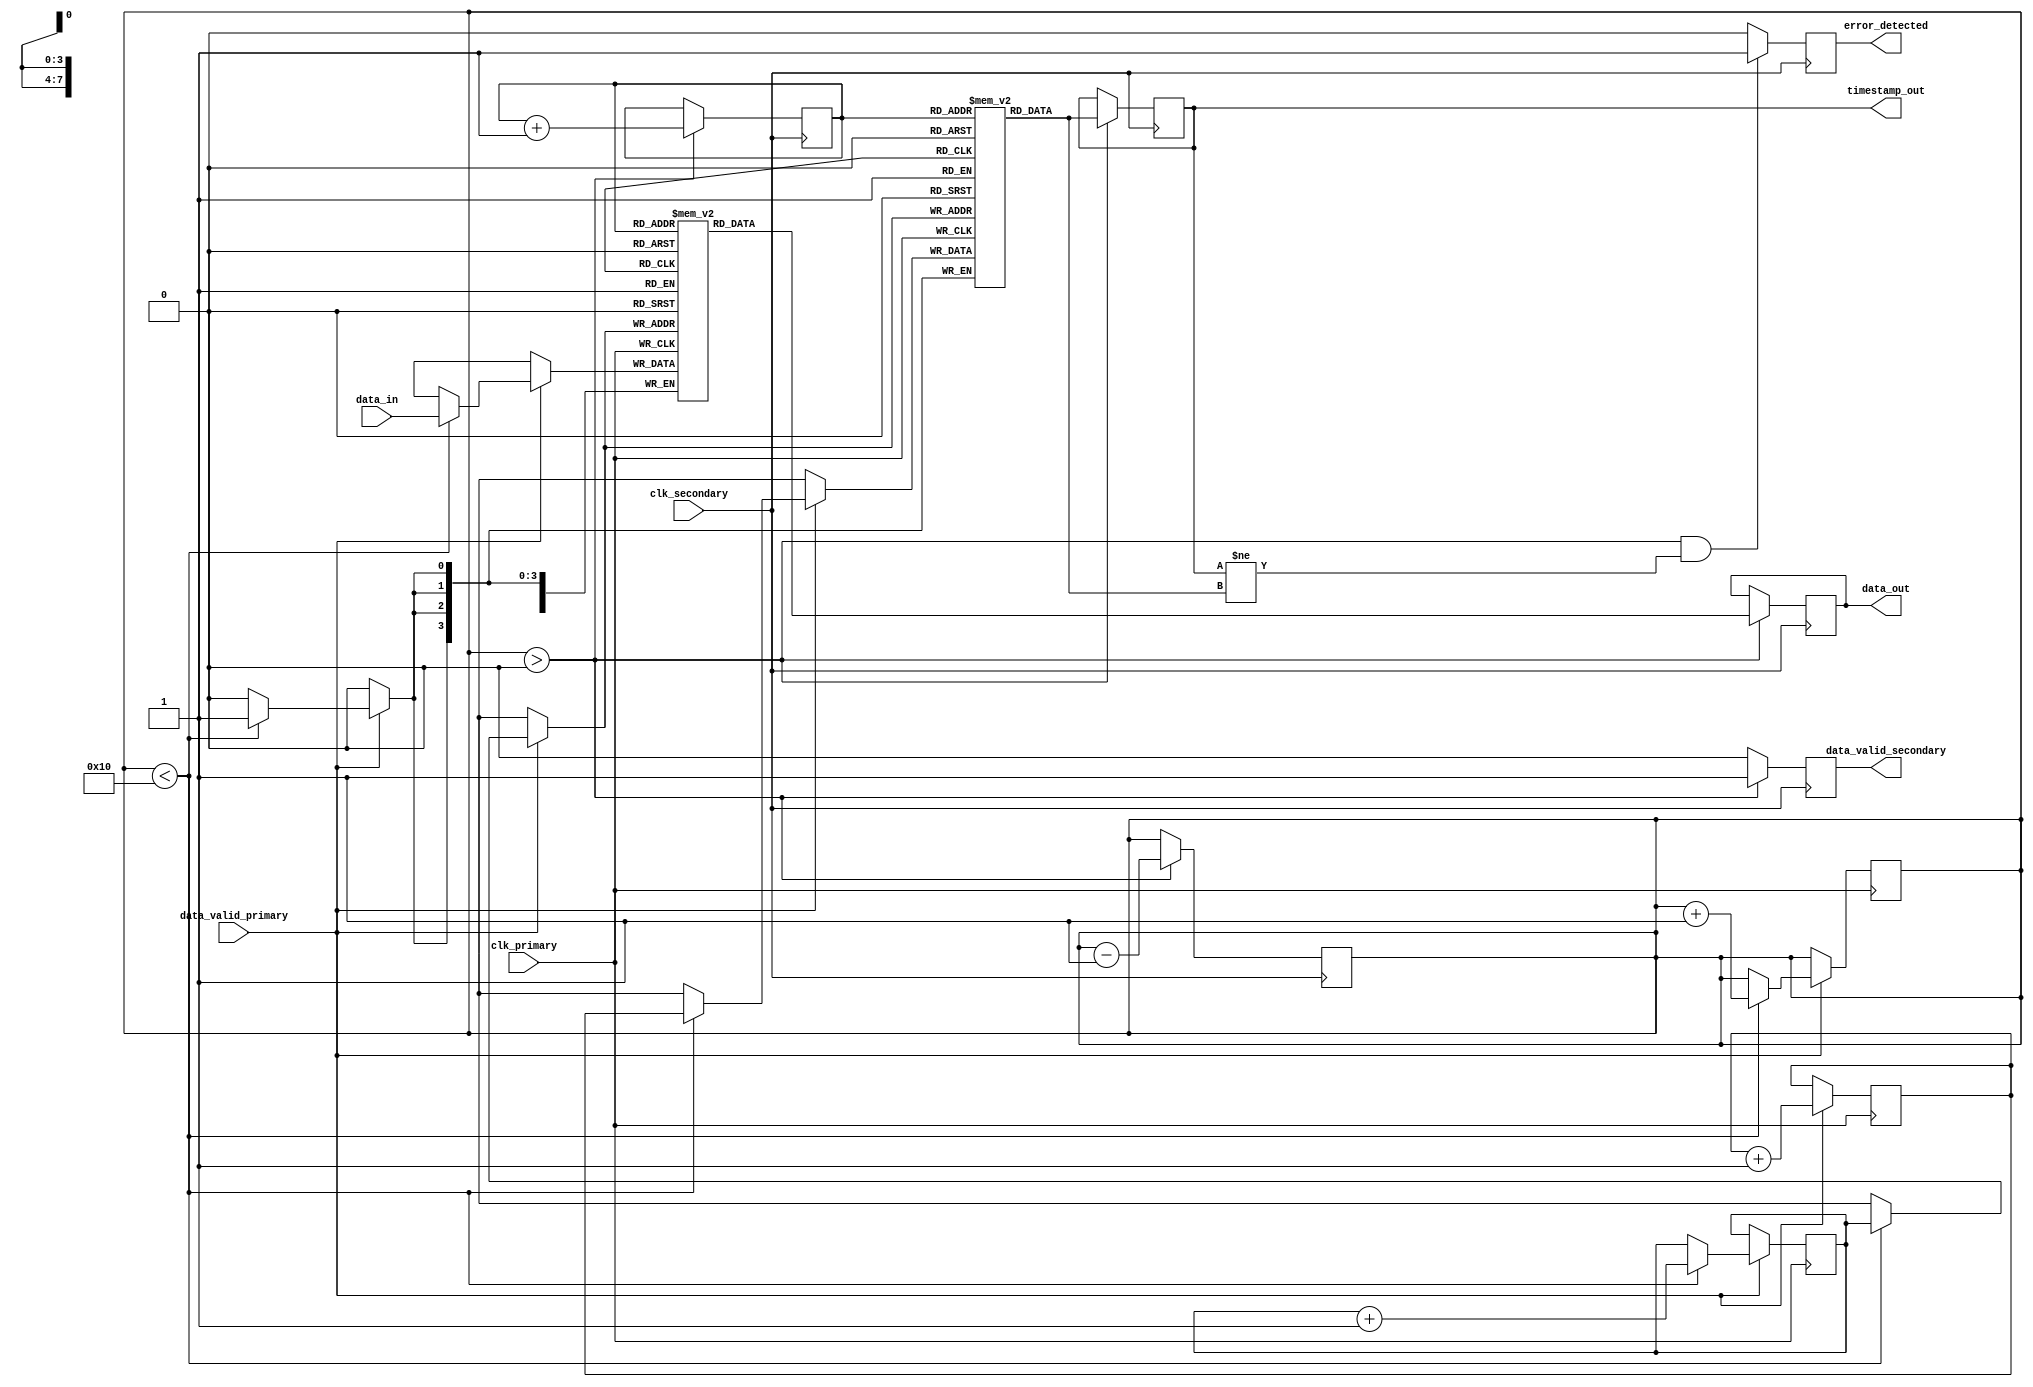
module TimeStampedSynchronizer #(
    parameter DATA_WIDTH = 8,
    parameter FIFO_DEPTH = 16
)(
    input wire clk_primary,        // Primary clock
    input wire clk_secondary,      // Secondary clock
    input wire data_valid_primary, // Data valid signal from primary clock domain
    input wire [DATA_WIDTH-1:0] data_in, // Data input from primary clock domain
    output reg data_valid_secondary, // Data valid signal for secondary clock domain
    output reg [DATA_WIDTH-1:0] data_out, // Data output to secondary clock domain
    output reg [3:0] timestamp_out, // Time stamp output to secondary clock domain
    output reg error_detected       // Error detected signal
);

    // FIFO buffer and pointer declarations
    reg [DATA_WIDTH-1:0] fifo_data[FIFO_DEPTH-1:0];
    reg [3:0] fifo_timestamp[FIFO_DEPTH-1:0];
    reg [3:0] write_pointer;
    reg [3:0] read_pointer;
    reg [3:0] fifo_count;

    // Time-stamping logic
    reg [3:0] timestamp_counter;

    // Write data and time stamp to FIFO on primary clock edge
    always @(posedge clk_primary) begin
        if (data_valid_primary) begin
            if (fifo_count < FIFO_DEPTH) begin
                fifo_data[write_pointer] <= data_in;
                fifo_timestamp[write_pointer] <= timestamp_counter;
                write_pointer <= write_pointer + 1;
                fifo_count <= fifo_count + 1;
            end
            // Increment timestamp counter
            timestamp_counter <= timestamp_counter + 1;
        end
    end

    // Read data and time stamp from FIFO on secondary clock edge
    always @(posedge clk_secondary) begin
        if (fifo_count > 0) begin
            data_out <= fifo_data[read_pointer];
            timestamp_out <= fifo_timestamp[read_pointer];
            data_valid_secondary <= 1; // Indicate data is valid
            read_pointer <= read_pointer + 1;
            fifo_count <= fifo_count - 1;
        end else begin
            data_valid_secondary <= 0; // No valid data
        end
    end

    // CDC logic for data_valid signal synchronization
    reg data_valid_sync_1, data_valid_sync_2;
    always @(posedge clk_secondary) begin
        data_valid_sync_1 <= data_valid_primary;
        data_valid_sync_2 <= data_valid_sync_1;
    end

    // Error detection logic
    always @(posedge clk_secondary) begin
        if (fifo_count > 0 && (timestamp_out != fifo_timestamp[read_pointer])) begin
            error_detected <= 1; // Error detected
        end else begin
            error_detected <= 0; // No error detected
        end
    end

    // Initialize pointers and counters
    initial begin
        write_pointer = 0;
        read_pointer = 0;
        fifo_count = 0;
        timestamp_counter = 0;
        data_valid_secondary = 0;
        error_detected = 0;
    end

endmodule